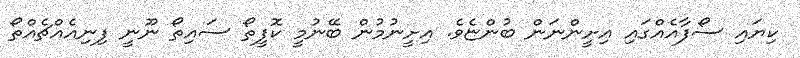
ކިޔައި ސޯފާއެއްގައި އިށީންނަން ބުންޏެވެ. އިށީނުމުން ބޭނުމީ ކޮފީތޯ ސައިތޯ ނޫނީ ފިނިއެއްޗެއްތޯ